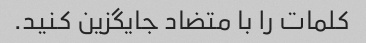
کلمات را با متضاد جایگزین کنید.